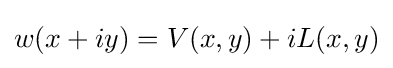
w(x+iy)=V(x,y)+iL(x,y)